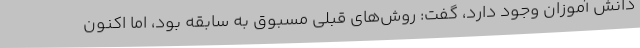
دانش آموزان وجود دارد، گفت: روش‌های قبلی مسبوق به سابقه بود، اما اکنون